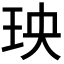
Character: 𤤠